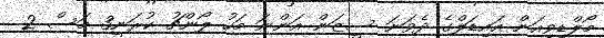
މޯލްޑިވިއަން އައިޑަލްގެ ދެވަނަ ސީޒަން އަންނަ މަހު ލޯންޗު ކުރަނީ3 މަސް 2